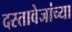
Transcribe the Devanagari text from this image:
दस्तावेजांच्या